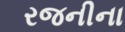
રજનીના